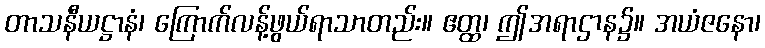
တာသနီယဋ္ဌာနံ၊ ကြောက်လန့်ဖွယ်ရာသာတည်း။ ဧတ္ထ၊ ဤအရာဌာန၌။ အယံဇနော၊